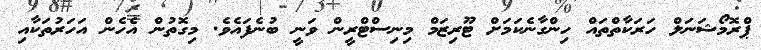
ޕްރޮމޯޝަނަލް ހަރަކާތްތައް ހިންގާނެކަމަށް ޓޫރިޒަމް މިނިސްޓްރީން ވަނީ ބުނެފައެވެ. މިގޮތުން އެހެން އަހަރުތަކާއި